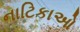
નાટિકાઓ